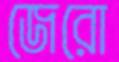
জেরো